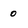
Character: 0